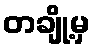
တချို့မှ